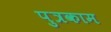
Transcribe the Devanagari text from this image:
पुत्रकाम